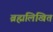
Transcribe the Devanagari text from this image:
ब्रह्मलिखित